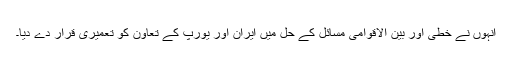
انہوں نے خطی اور بین الاقوامی مسائل کے حل میں ایران اور یورپ کے تعاون کو تعمیری قرار دے دیا۔